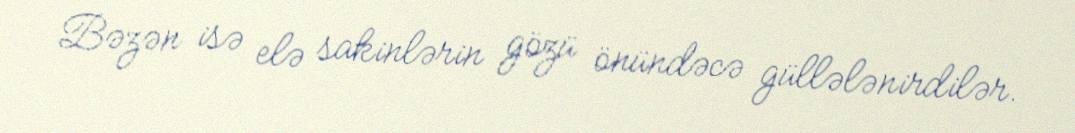
Bəzən isə elə sakinlərin gözü önündəcə güllələnirdilər.